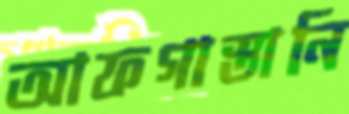
আফগাস্তানি